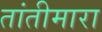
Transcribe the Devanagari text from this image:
तांतीमारा